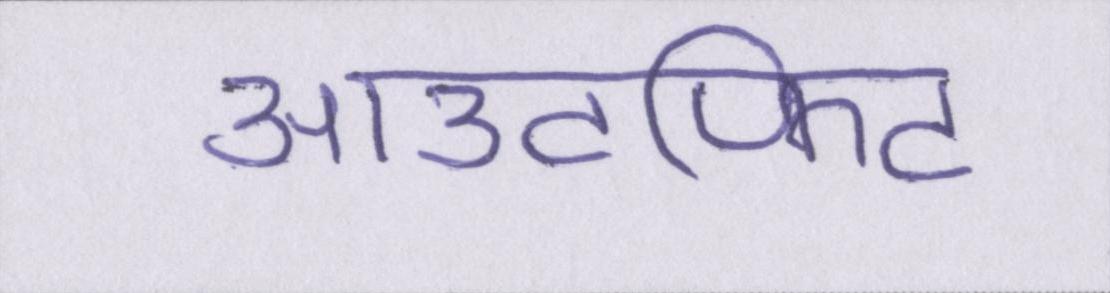
आउटफिट